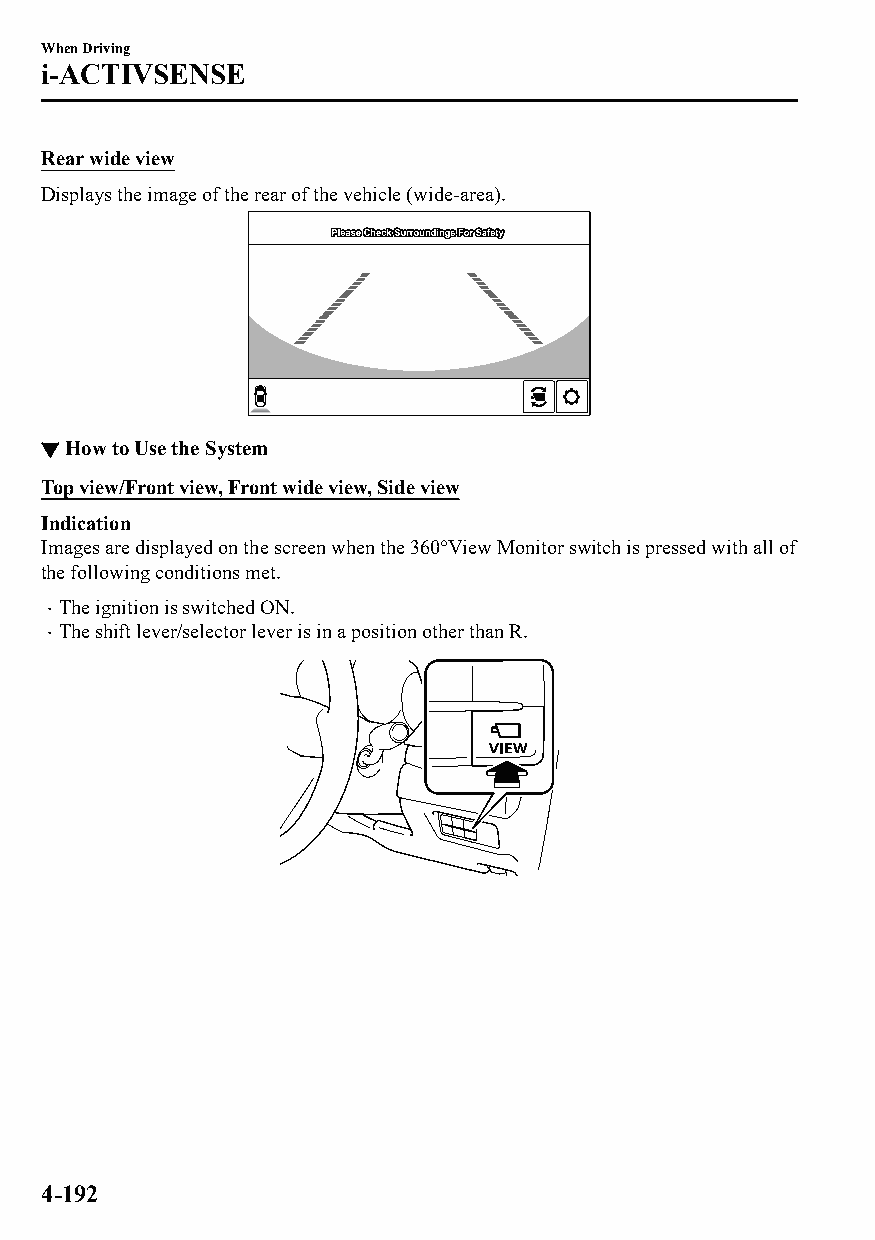
When Driving
 i-ACTIVSENSE
 Rear wide view
 Displays the image of the rear of the vehicle (wide-area).
 ▼How to Use the System
 Top view/Front view, Front wide view, Side view
 Indication
 Images are displayed on the screen when the 360°View Monitor switch is pressed with all of
 the following conditions met.
 The ignition is switched ON.
 
 The shift lever/selector lever is in a position other than R.
 
 4-192
 CX-3_8GT4-EE-18D_Edition4                  2018-9-6 18:32:19